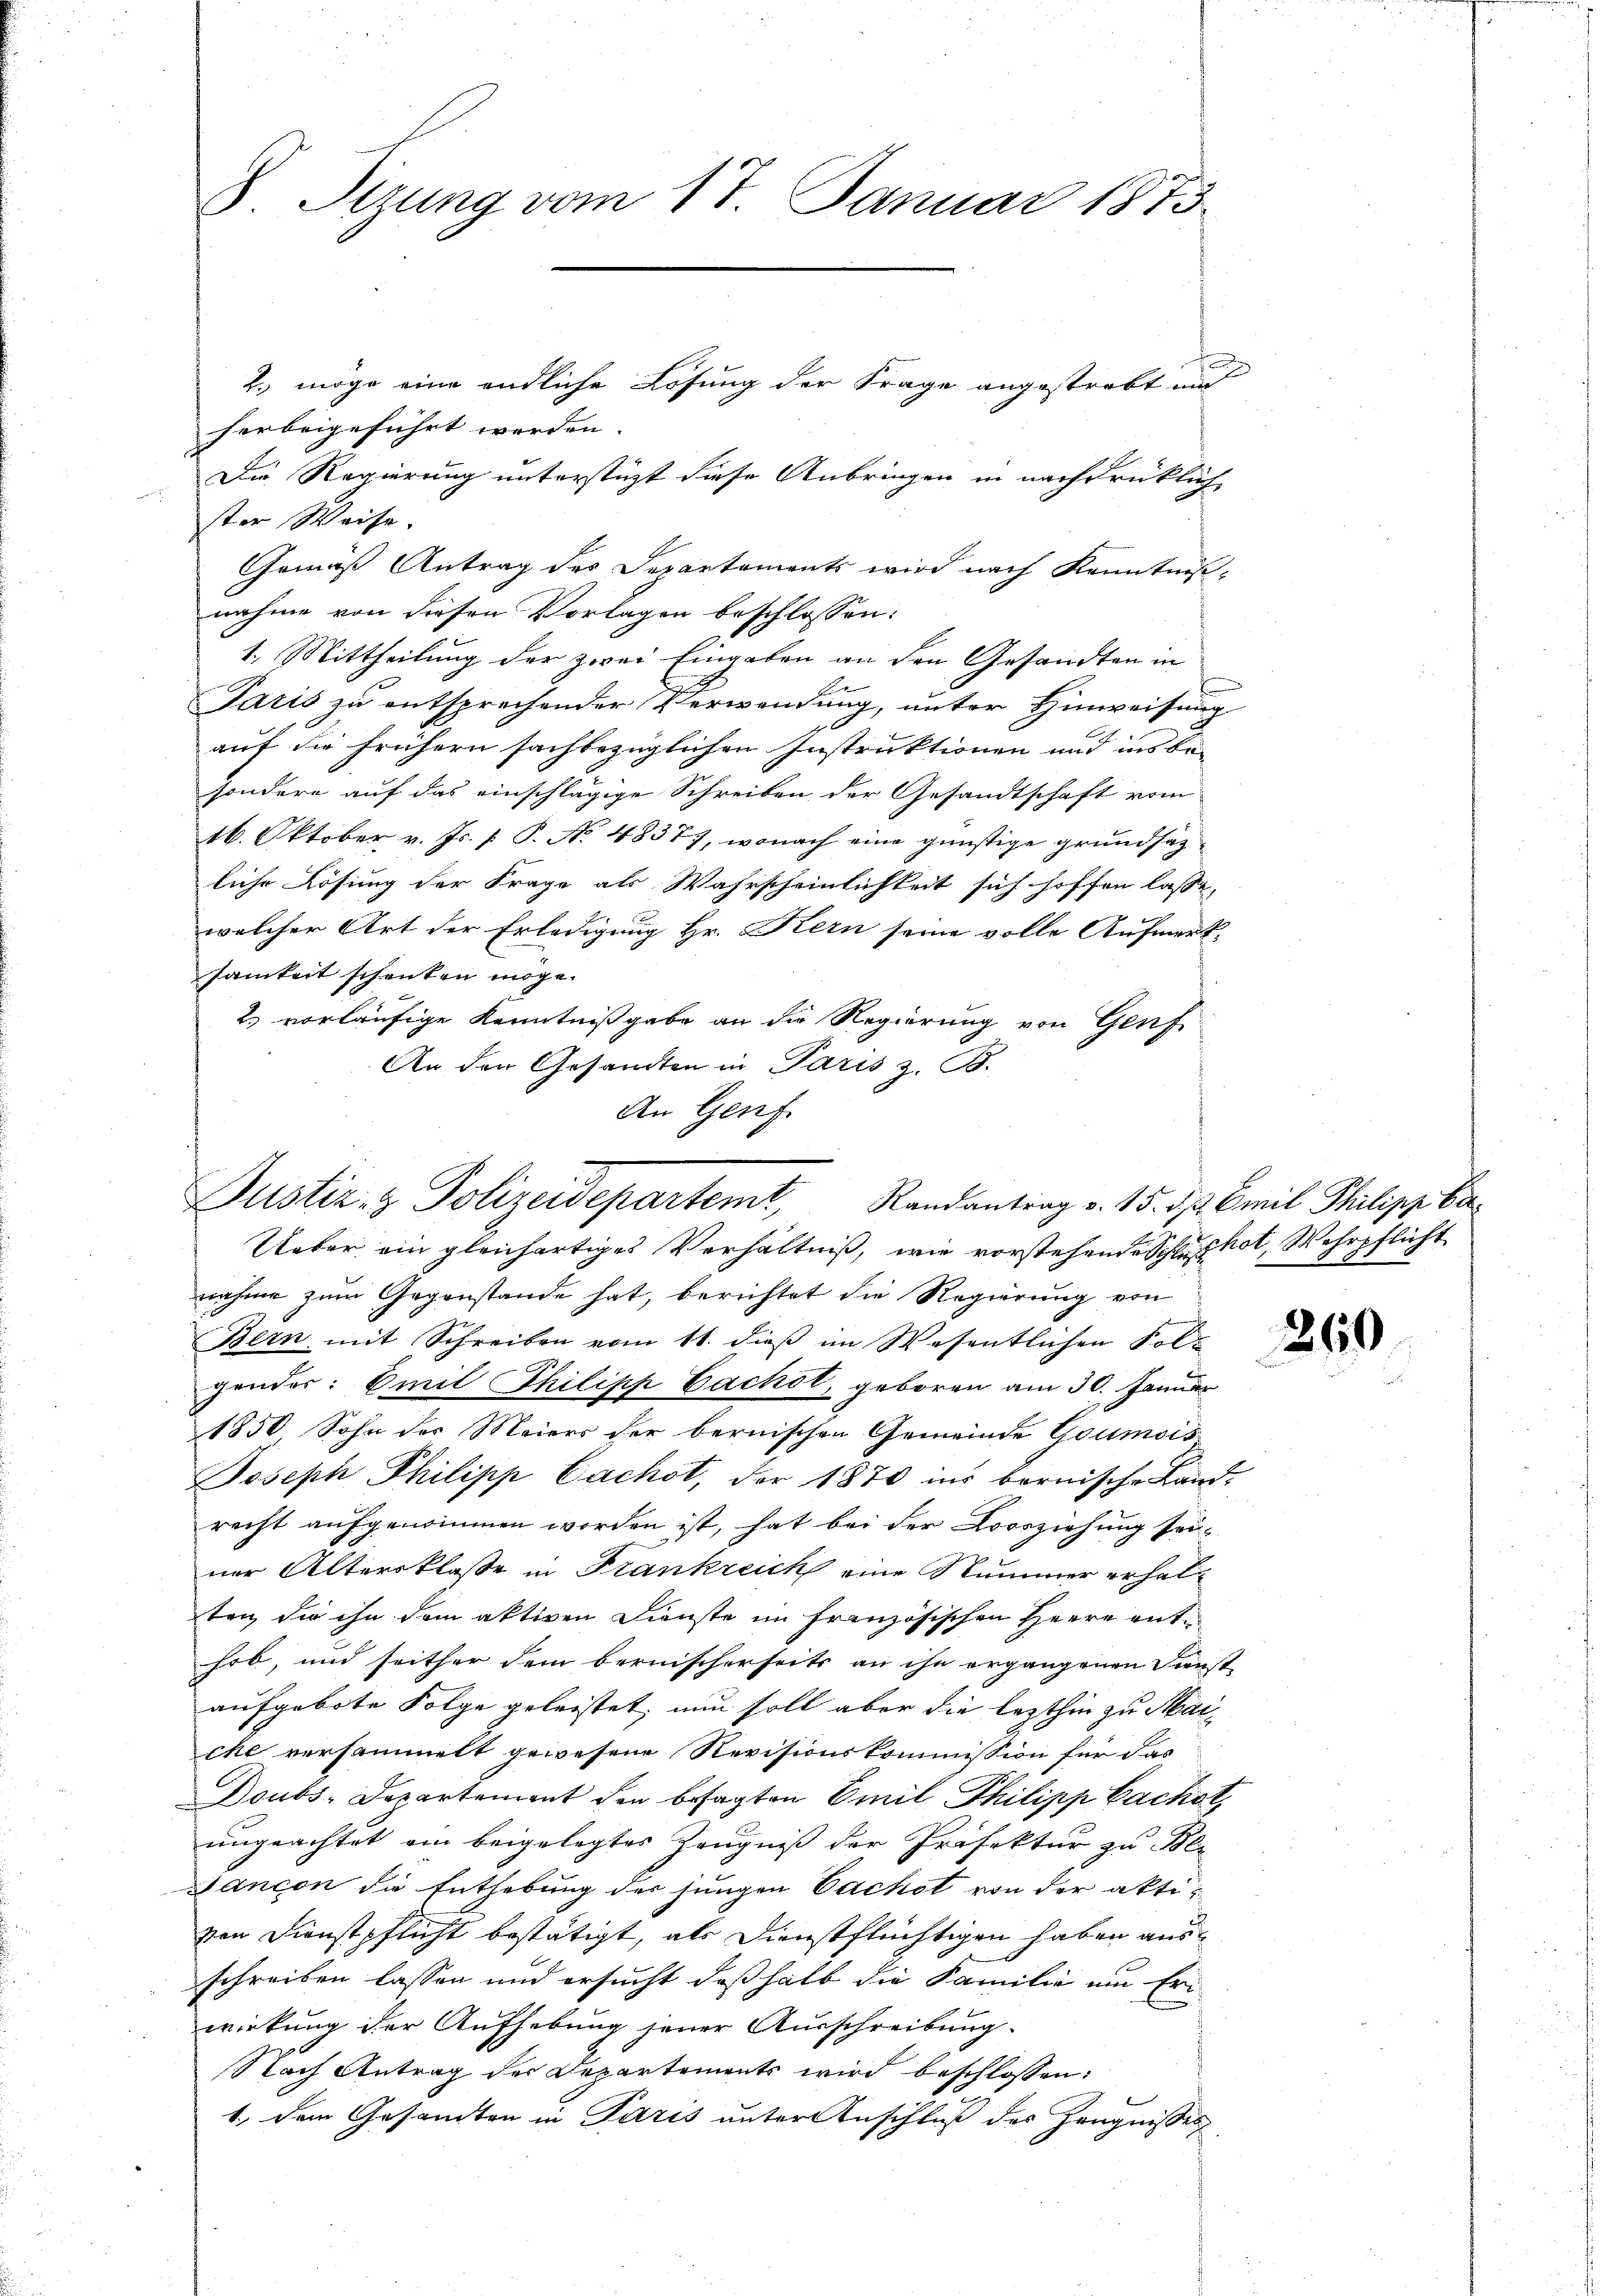
8 Stzung vom 17. Januar 1873.

2. möge eine endliche Lösung der Frage angestrebt und
herbeigeführt werden.
Die Regierung unterstüzt diese Anbringen in nachdrücklich
ster Weise.
Gemäß Antrag des Departements wird nach Kenntnis-
nahme von diesen Vorlagen beschlossen:
1. Mittheilung der zwei Eingaben an den Gesandten in
Paris zu entsprechender Verwendung, unter Hinweisung
auf die frühern sachbezüglichen Instruktionen und ins bei
sondere auf das einschlägige Schreiben der Gesandtschaft vom
16. Oktober v. Js. [ P. No. 48377, wonach eine günstige grundsatz-
liche Lösung der Frage als Wahrscheinlichkeit sich hoffen lasse,
welcher Art der Erledigung Hr. Kern seine volle Aufmerksamkeit schenken möge.
2.) vorläufige Kenntnißgabe an die Regierung von Genf.
An den Gesandten in Paris z. B.
An Genf

Justiz- & Polizeidepartemt, Randantrag v. 15. dß. Emil Philipp ber

Ueber ein gleichartiges Verhältniß, wie vorstehende Schlusskot, Wehrpflicht
nahme zum Gegenstande hat, berichtet die Regierung von
Bern mit Schreiben vom 11. dieß im Wesentlichen Folgendes: Emil Philipp Cachst, geboren am 30. Januar
1850 Sohn der Meiers der bernischen Gemeinde Goumois
Joseph Philipp Cachst, der 1870 ins bernische Land-
recht aufgenommen worden ist, hat bei der Loosziehung sei-
ner Altersklasse in Frankreich eine Nummer erhalten die ihn dem aktiven Dienste im französischen Herrn unte
hob, und seither dem bernischerseits an ihn ergangenen Dienste
aufgebote Folge geleistet, nun soll aber die lezthin zu Marche versammelt gewesene Revisionskommission für das
Doubs-Departement den besagten Emil Philipp Cachet,
ungeachtet am beigelegtes Zeugniß der Präfektur zu Ber
Jancon die Enthebung der jungen Cachst von der aktivon Dienstpflicht bestätigt, als Dienstflüchtigen haben ausschreiben lassen und ersucht deßhalb die Familie um Eri
wirkung der Aufhebung jener Ausschreibung.
Nach Antrag der Departements wird beschlossen:
1., dem Gesamten in Paris unter Anschluß des Zeugnisses

260